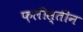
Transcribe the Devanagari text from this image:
फ़लीस्तीन